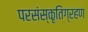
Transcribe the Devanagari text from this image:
परसंस्कृतिग्रहण